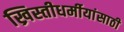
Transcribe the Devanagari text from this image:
ख्रिस्तीधर्मीयांसाठी